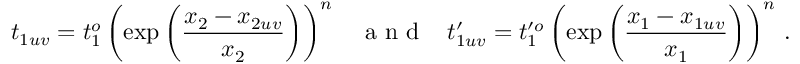
t _ { 1 u v } = t _ { 1 } ^ { o } \left( \exp { \left( \frac { x _ { 2 } - x _ { 2 u v } } { x _ { 2 } } \right) } \right) ^ { n } \; \; \; \mathrm { ~ a ~ n ~ d ~ } \; \; \; t _ { 1 u v } ^ { \prime } = t _ { 1 } ^ { \prime o } \left( \exp { \left( \frac { x _ { 1 } - x _ { 1 u v } } { x _ { 1 } } \right) } \right) ^ { n } \, .